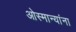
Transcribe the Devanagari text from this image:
ओस्मान्यांना